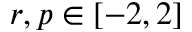
r , p \in [ - 2 , 2 ]